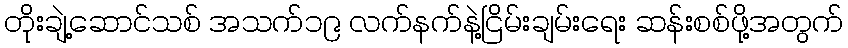
တိုးချဲ့ဆောင်သစ် အသက်၁၉ လက်နက်နဲ့ငြိမ်းချမ်းရေး ဆန်းစစ်ဖို့အတွက်